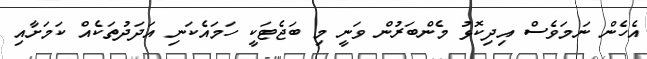
އެހެން ނަމަވެސް އިދިކޮޅު މެންބަރުން ވަނީ މި ބަޖެޓަކީ ހަމައެކަނި އަދަދުތަކެއް ކަމަށާއި